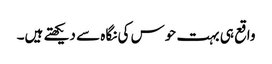
واقع ہی بہت حوس کی نگاہ سے دیکھتے ہیں۔